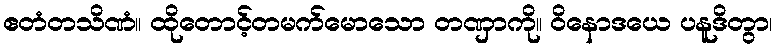
ဧတံတသိဏံ။ ထိုတောင့်တမက်မောသော တဏှာကို။ ဝိနောဒယေ ပနူဒိတွာ၊